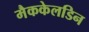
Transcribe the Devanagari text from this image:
मैककेलडिन